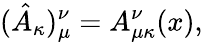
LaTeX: (\hat{A}_{\kappa})_{\mu}^{\nu}=A_{\mu\kappa}^{\nu}(x),